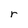
Character: r